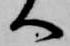
へ